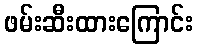
ဖမ်းဆီးထားကြောင်း